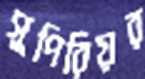
সুপিরিয়র